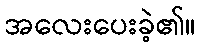
အလေးပေးခဲ့၏။